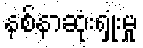
နစ်နာဆုံးရှုံးမှု